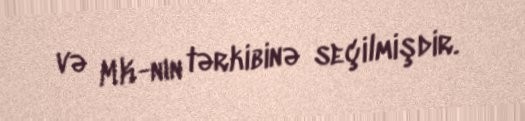
və MK-nın tərkibinə seçilmişdir.